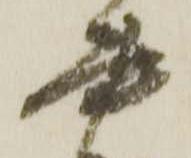
書